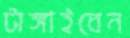
টাঙ্গাইবেন